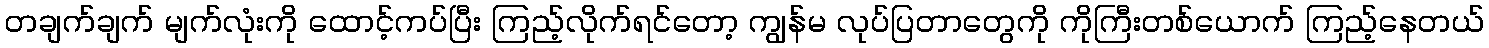
တချက်ချက် မျက်လုံးကို ထောင့်ကပ်ပြီး ကြည့်လိုက်ရင်တော့ ကျွန်မ လုပ်ပြတာတွေကို ကိုကြီးတစ်ယောက် ကြည့်နေတယ်